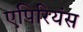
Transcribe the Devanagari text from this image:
एपिरियंस